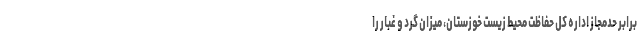
برابر حدمجاز اداره کل حفاظت محیط زیست خوزستان، میزان گرد و غبار را